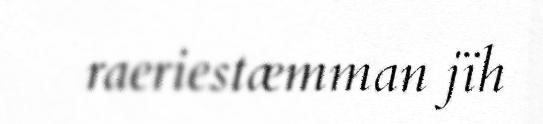
raeriestæmman jïh